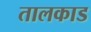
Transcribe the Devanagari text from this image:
तालकाड